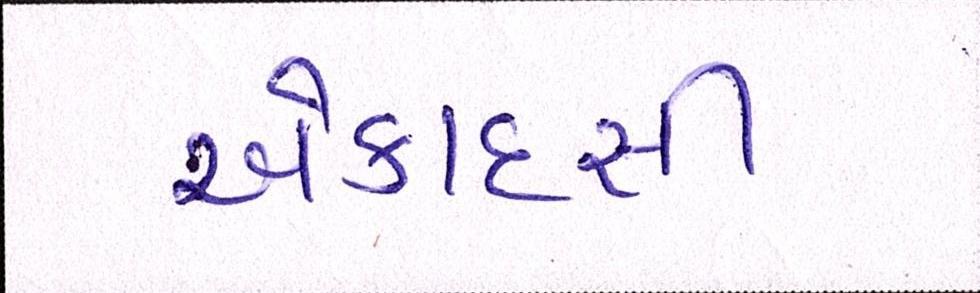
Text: એકાદસી